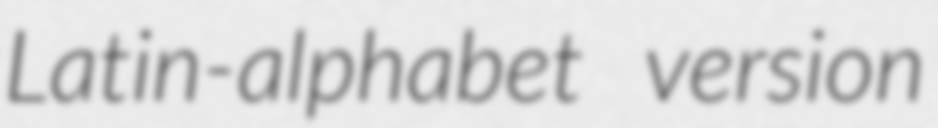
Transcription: Latin-alphabet version